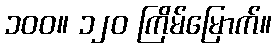
၁၀၀။ ၁၂၀ ကြိမ်မြောက်။